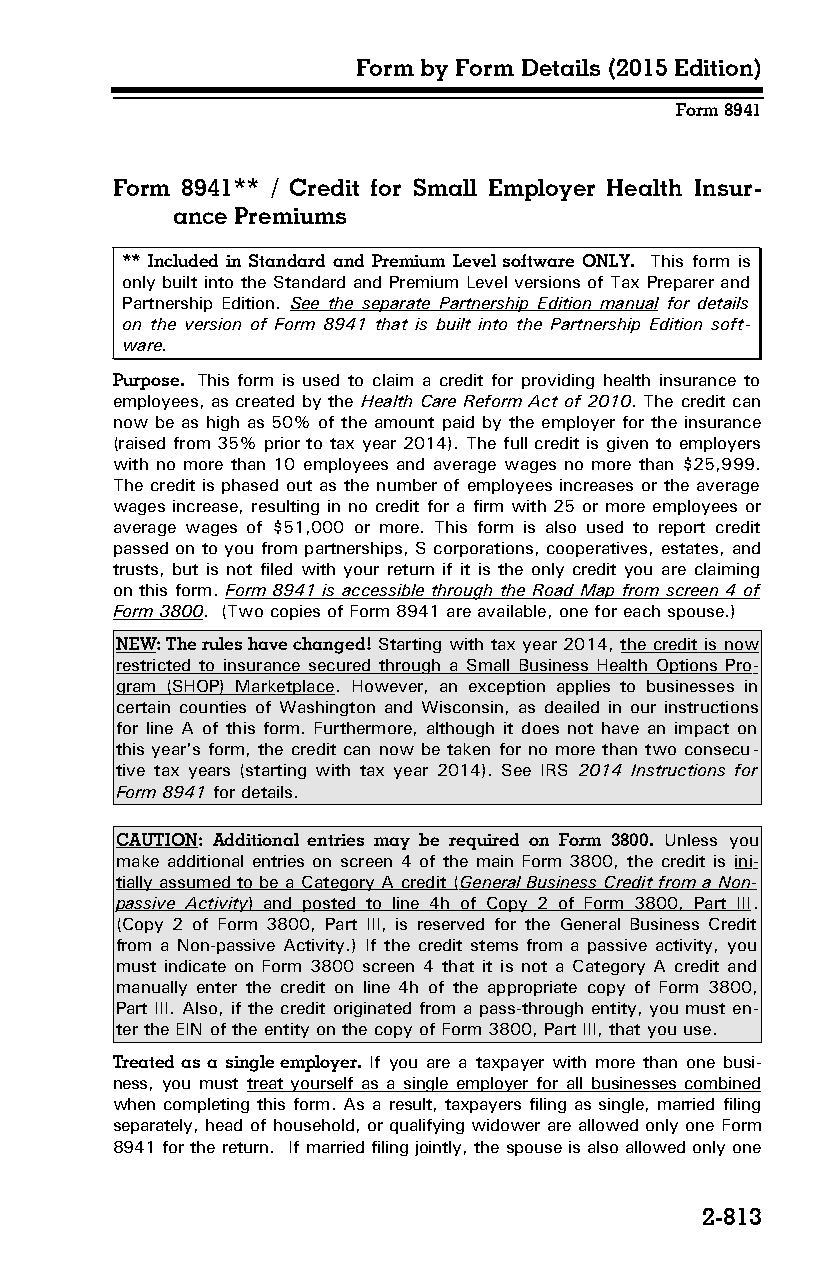
Form by Form Details (2015 Edition)
 Form 8941
 Form 8941** / Credit for Small Employer Health Insur­
 ance Premiums
 ** Included in Standard and Premium Level software ONLY. This form is
 only built into the Standard and Premium Level versions of Tax Preparer and
 Partnership Edition. See the separate Partnership Edition manual for details
 on the version of Form 8941 that is built into the Partnership Edition soft­
 ware.
 Purpose. This form is used to claim a credit for providing health insurance to
 employees, as created by the Health Care Reform Act of 2010. The credit can
 now be as high as 50% of the amount paid by the employer for the insurance
 (raised from 35% prior to tax year 2014). The full credit is given to employers
 with no more than 10 employees and average wages no more than $25,999.
 The credit is phased out as the number of employees increases or the average
 wages increase, resulting in no credit for a firm with 25 or more employees or
 average wages of $51,000 or more. This form is also used to report credit
 passed on to you from partnerships, S corporations, cooperatives, estates, and
 trusts, but is not filed with your return if it is the only credit you are claiming
 on this form. Form 8941 is accessible through the Road Map from screen 4 of
 Form 3800. (Two copies of Form 8941 are available, one for each spouse.)
 NEW: The rules have changed! Starting with tax year 2014, the credit is now
 restricted to insurance secured through a Small Business Health Options Pro­
 gram (SHOP) Marketplace. However, an exception applies to businesses in
 certain counties of Washington and Wisconsin, as deailed in our instructions
 for line A of this form. Furthermore, although it does not have an impact on
 this year's form, the credit can now be taken for no more than two consecu­
 tive tax years (starting with tax year 2014). See IRS 2014 Instructions for
 Form 8941 for details.
 CAUTION: Additional entries may be required on Form 3800. Unless you
 make additional entries on screen 4 of the main Form 3800, the credit is ini­
 tially assumed to be a Category A credit ( General Business Credit from a Non-
 passive Activity ) and posted to line 4h of Copy 2 of Form 3800, Part III.
 (Copy 2 of Form 3800, Part III, is reserved for the General Business Credit
 from a Non-passive Activity.) If the credit stems from a passive activity, you
 must indicate on Form 3800 screen 4 that it is not a Category A credit and
 manually enter the credit on line 4h of the appropriate copy of Form 3800,
 Part III. Also, if the credit originated from a pass-through entity, you must en­
 ter the EIN of the entity on the copy of Form 3800, Part III, that you use.
 Treated as a single employer. If you are a taxpayer with more than one busi­
 ness, you must treat yourself as a single employer for all businesses combined
 when completing this form. As a result, taxpayers filing as single, married filing
 separately, head of household, or qualifying widower are allowed only one Form
 8941 for the return. If married filing jointly, the spouse is also allowed only one
 2-813